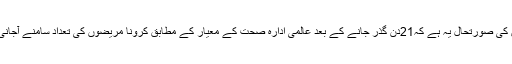
اب لاک ڈاؤن کی صورتحال یہ ہے کہ21دن گذر جانے کے بعد عالمی ادارہ صحت کے معیار کے مطابق کرونا مریضوں کی تعداد سامنے آجانی چاہیے تھی۔